38_143685_box_Incident_Summaries_173-233
Agency: Department of War
Page 29
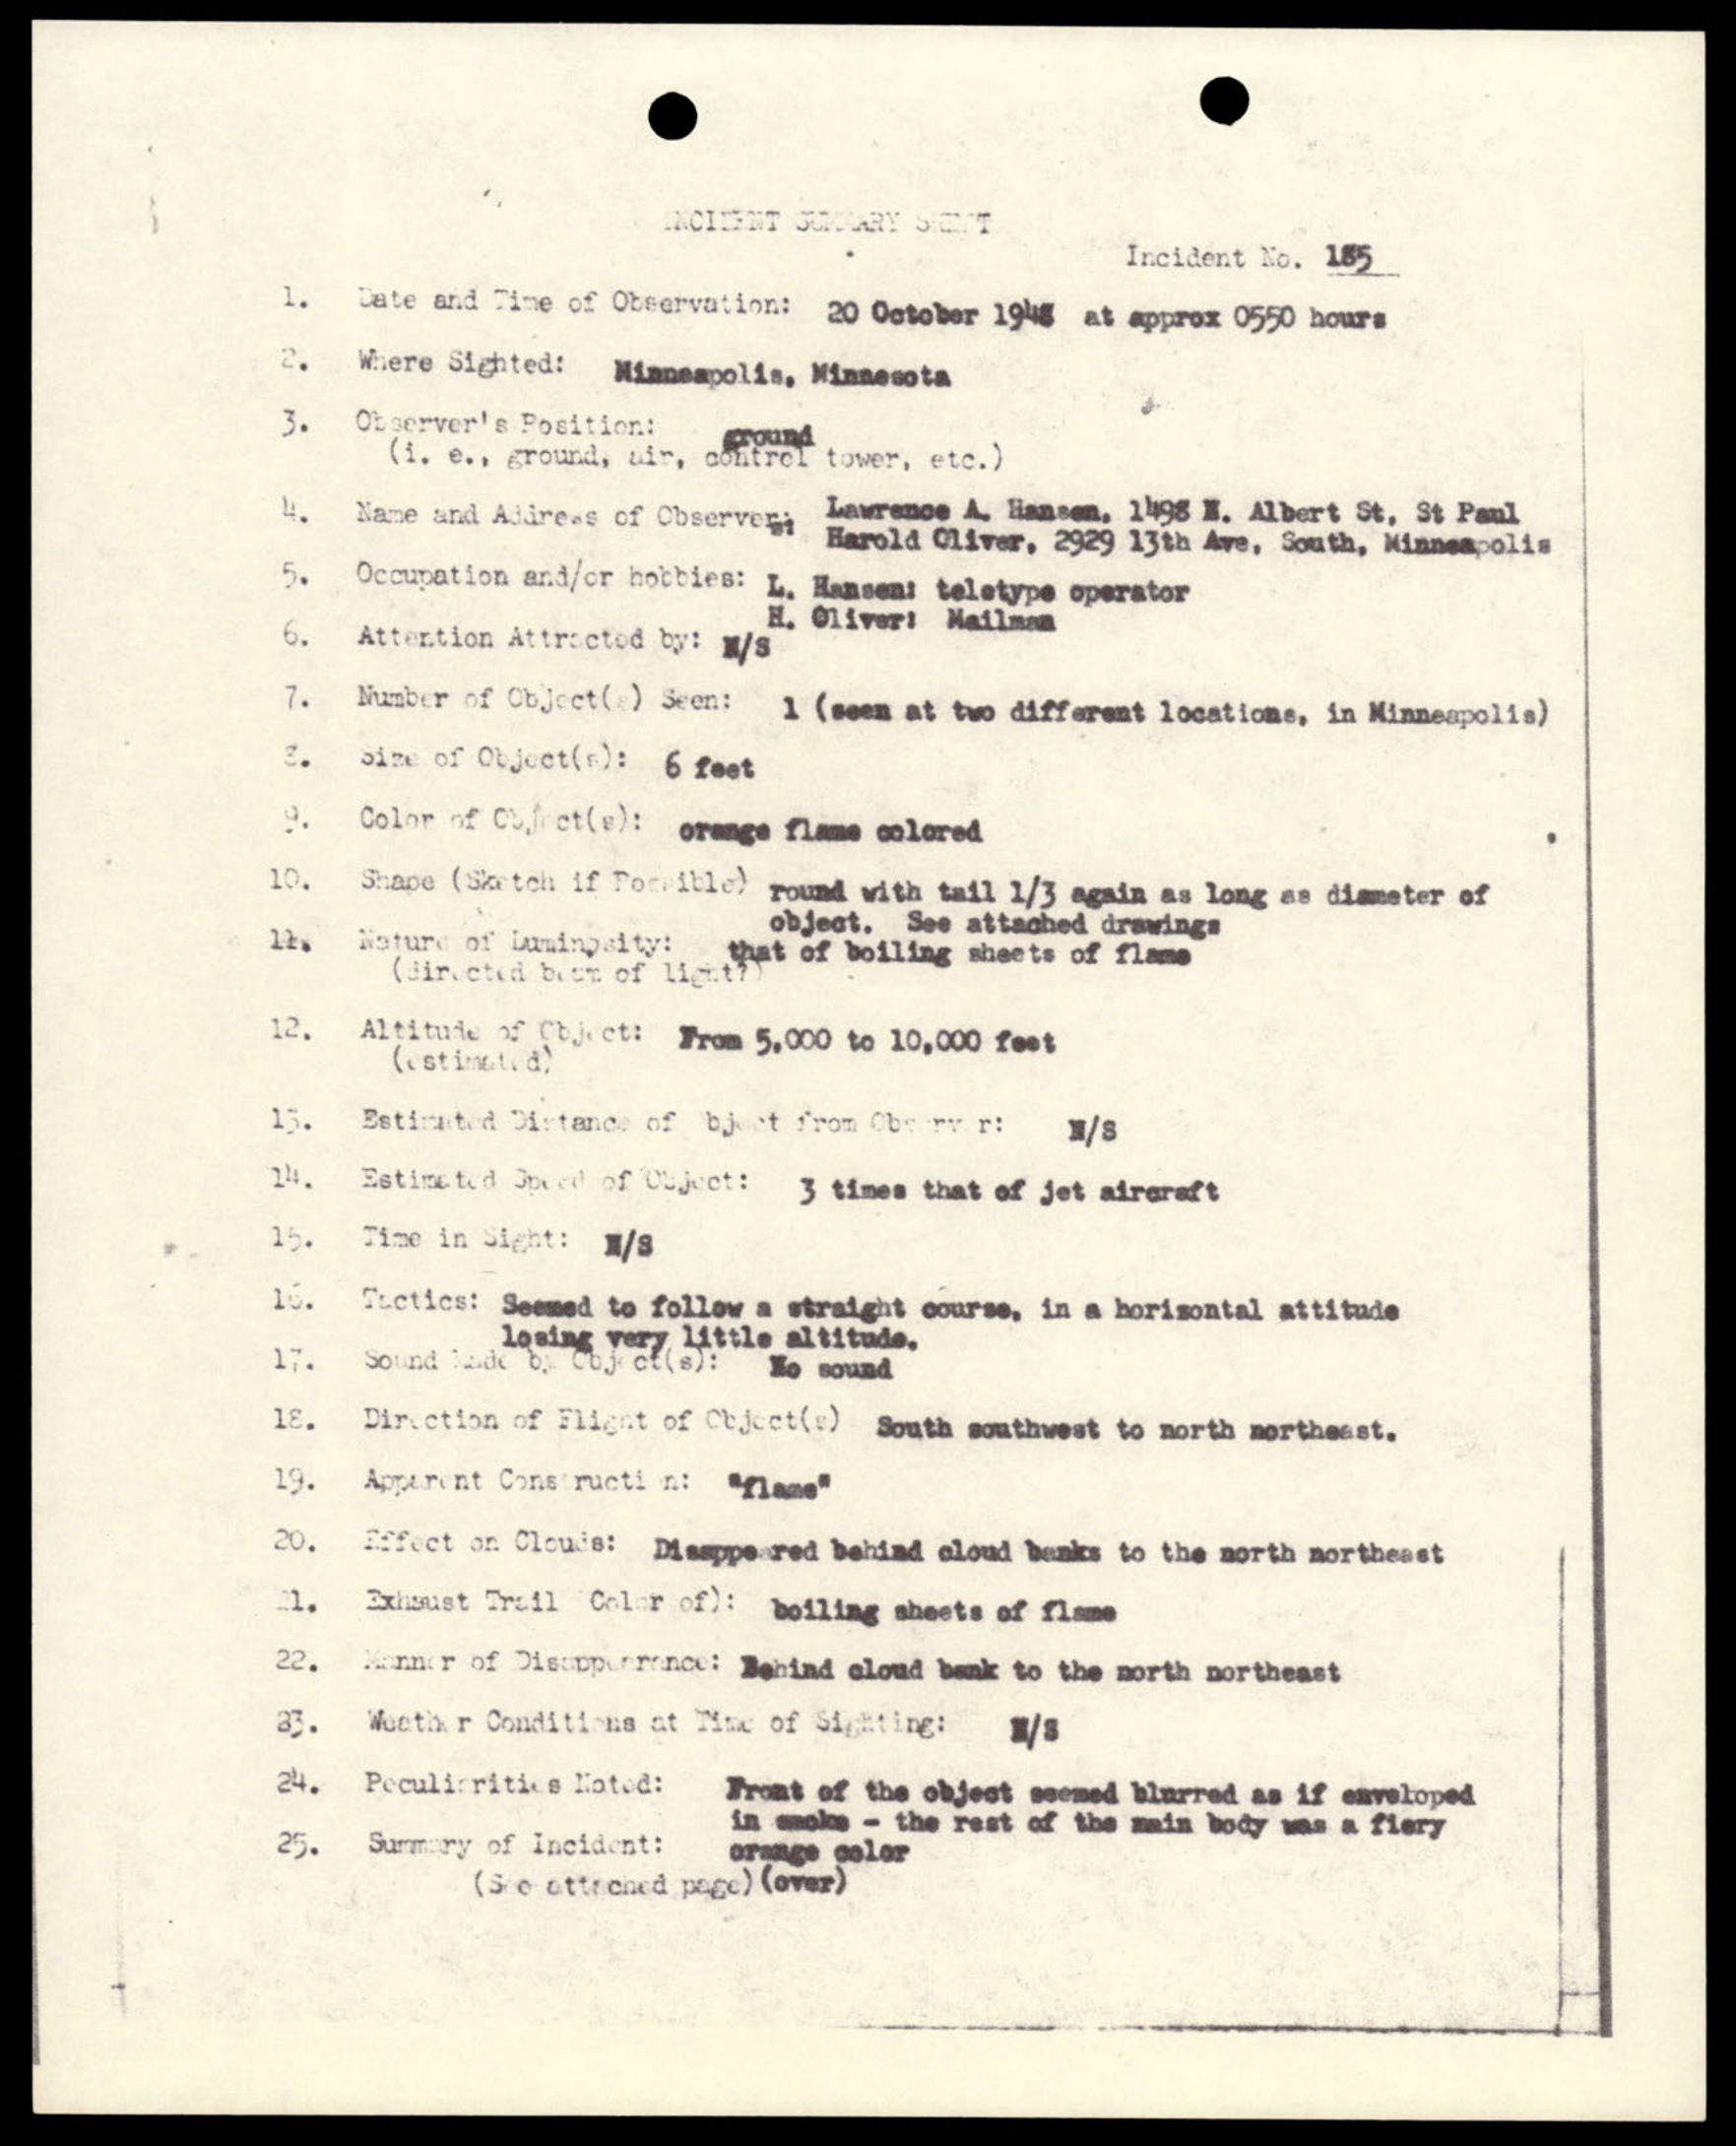